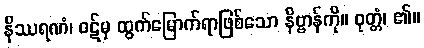
နိဿရဏံ၊ ဝဋ်မှ ထွက်မြောက်ရာဖြစ်သော နိဗ္ဗာန်ကို။ ဝုတ္တံ၊ ၏။